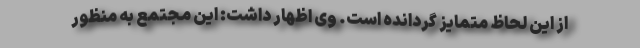
از این لحاظ متمایز گردانده است. وی اظهار داشت: این مجتمع به منظور